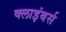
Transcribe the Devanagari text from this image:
क्लाइंबर्स